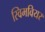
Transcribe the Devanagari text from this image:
स्विमवियर